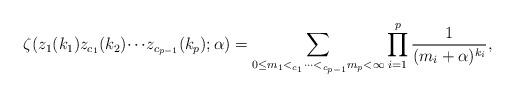
LaTeX: \begin{align*}\begin{aligned}\zeta(z_1(k_1)z_{c_1}(k_2){\cdots}z_{c_{p-1}}(k_p);\alpha)=\sum_{\begin{subarray}{c}0{\le}m_1<_{c_1}\cdots<_{c_{p-1}}m_p<\infty\end{subarray}}\prod_{i=1}^{p}\frac{1}{(m_i+\alpha)^{k_i}},\end{aligned}\end{align*}